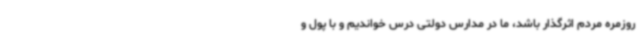
روزمره مردم اثرگذار باشد، ما در مدارس دولتی درس خواندیم و با پول و